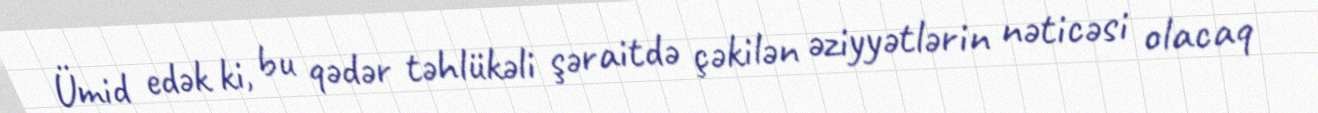
Ümid edək ki, bu qədər təhlükəli şəraitdə çəkilən əziyyətlərin nəticəsi olacaq